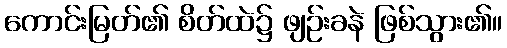
ကောင်းမြတ်၏ စိတ်ထဲ၌ ဖျဉ်းခနဲ ဖြစ်သွား၏။